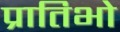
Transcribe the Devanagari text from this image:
प्रातिभो